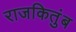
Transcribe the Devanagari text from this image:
राजकितुंब